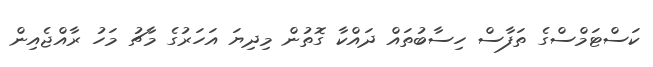
ކަސްޓަމްސްގެ ތަފާސް ހިސާބުތައް ދައްކާ ގޮތުން މިދިޔަ އަހަރުގެ މާޗު މަހު ރާއްޖެއިން